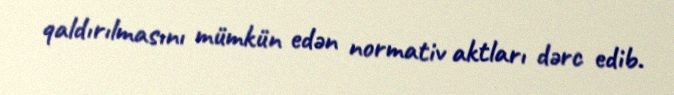
qaldırılmasını mümkün edən normativ aktları dərc edib.